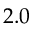
2 . 0